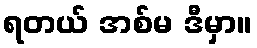
ရတယ် အစ်မ ဒီမှာ။